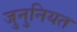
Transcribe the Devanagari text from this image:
जुनुनियत